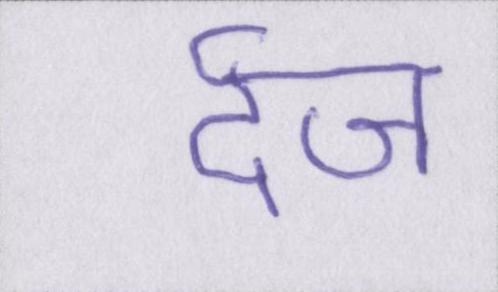
र्दज